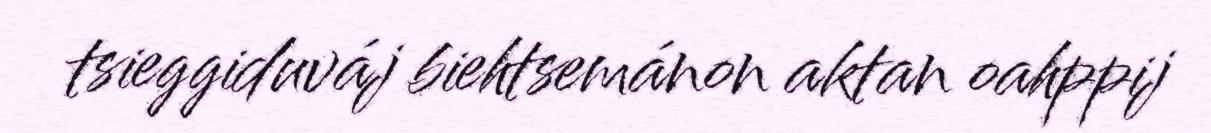
tsieggiduváj biehtsemánon aktan oahppij